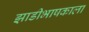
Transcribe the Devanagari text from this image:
झाडीभाषकाला